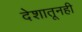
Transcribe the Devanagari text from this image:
देशातूनही